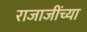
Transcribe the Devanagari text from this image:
राजाजींच्या